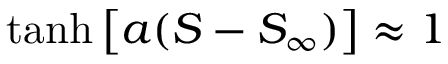
\operatorname { t a n h } { \left[ a ( S - S _ { \infty } ) \right] } \approx 1